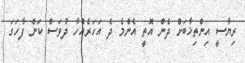
ރިޔާސީ އިންތިޚާބަށް ދެން އޮތީ އެންމެ ދެ އަހަރެއްހާ ދުވަސް ކަން ފާހަގަ